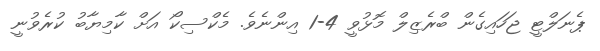
ޕެނަލްޓީ ޖަހައިގެން ބްރެޒިލް މޮޅުވީ 4-1 އިންނެވެ. މެކްސިކޯ އަށް ކާމިޔާބު ކުރެވުނީ